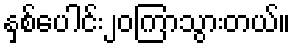
နှစ်ပေါင်း၂၀ကြာသွားတယ်။